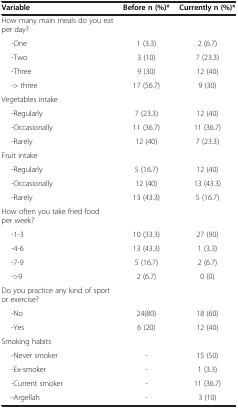
<table><thead><tr><td><b>Variable</b></td><td><b>Before n (%)*</b></td><td><b>Currently n (%)*</b></td></tr></thead><tbody><tr><td>How many main meals do you eat per day?</td><td> </td><td> </td></tr><tr><td>-One</td><td>1 (3.3)</td><td>2 (6.7)</td></tr><tr><td>-Two</td><td>3 (10)</td><td>7 (23.3)</td></tr><tr><td>-Three</td><td>9 (30)</td><td>12 (40)</td></tr><tr><td>-&gt; three</td><td>17 (56.7)</td><td>9 (30)</td></tr><tr><td>Vegetables intake</td><td> </td><td> </td></tr><tr><td>-Regularly</td><td>7 (23.3)</td><td>12 (40)</td></tr><tr><td>-Occasionally</td><td>11 (36.7)</td><td>11 (36.7)</td></tr><tr><td>-Rarely</td><td>12 (40)</td><td>7 (23.3)</td></tr><tr><td>Fruit intake</td><td> </td><td> </td></tr><tr><td>-Regularly</td><td>5 (16.7)</td><td>12 (40)</td></tr><tr><td>-Occasionally</td><td>12 (40)</td><td>13 (43.3)</td></tr><tr><td>-Rarely</td><td>13 (43.3)</td><td>5 (16.7)</td></tr><tr><td>How often you take fried food per week?</td><td> </td><td> </td></tr><tr><td>-1-3</td><td>10 (33.3)</td><td>27 (90)</td></tr><tr><td>-4-6</td><td>13 (43.3)</td><td>1 (3.3)</td></tr><tr><td>-7-9</td><td>5 (16.7)</td><td>2 (6.7)</td></tr><tr><td>-&gt;9</td><td>2 (6.7)</td><td>0 (0)</td></tr><tr><td>Do you practice any kind of sport or exercise?</td><td> </td><td> </td></tr><tr><td>-No</td><td>24(80)</td><td>18 (60)</td></tr><tr><td>-Yes</td><td>6 (20)</td><td>12 (40)</td></tr><tr><td>Smoking habits</td><td> </td><td> </td></tr><tr><td>-Never smoker</td><td>-</td><td>15 (50)</td></tr><tr><td>-Ex-smoker</td><td>-</td><td>1 (3.3)</td></tr><tr><td>-Current smoker</td><td>-</td><td>11 (36.7)</td></tr><tr><td>-Argellah</td><td>-</td><td>3 (10)</td></tr></tbody></table>